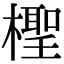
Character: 檉